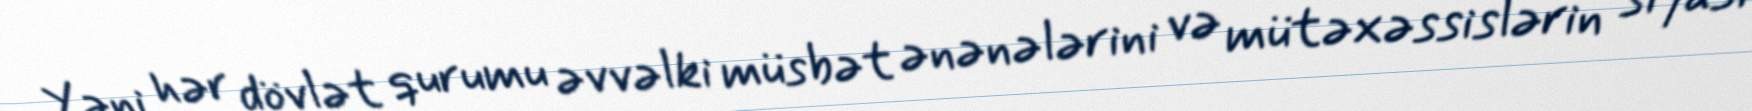
Yəni hər dövlət qurumu əvvəlki müsbət ənənələrini və mütəxəssislərin siyasi